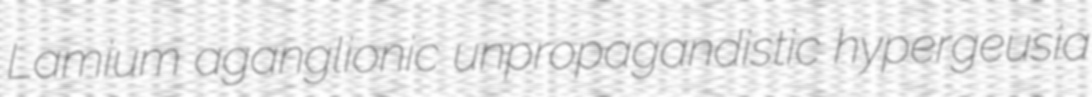
Lamium aganglionic unpropagandistic hypergeusia